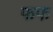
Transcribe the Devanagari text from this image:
फफ